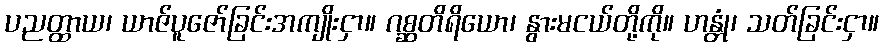
ပညတ္ထာယ၊ ယာဇ်ပူဇော်ခြင်းအကျိုးငှာ။ ဂစ္ဆတိရိယော၊ နွားမငယ်တို့ကို။ ဟန္တုံ၊ သတ်ခြင်းငှာ။